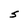
Character: S